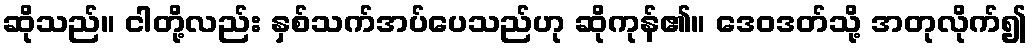
ဆိုသည်။ ငါတို့လည်း နှစ်သက်အပ်ပေသည်ဟု ဆိုကုန်၏။ ဒေဝဒတ်သို့ အတုလိုက်၍